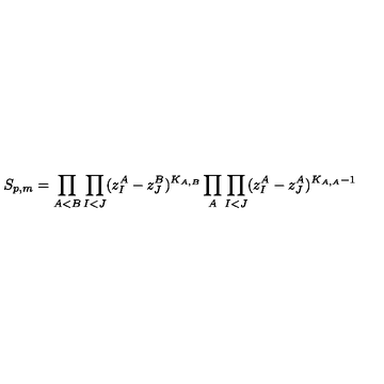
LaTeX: S _ { p , m } = \prod _ { A < B } \prod _ { I < J } ( z _ { I } ^ { A } - z _ { J } ^ { B } ) ^ { K _ { A , B } } \prod _ { A } \prod _ { I < J } ( z _ { I } ^ { A } - z _ { J } ^ { A } ) ^ { K _ { A , A } - 1 }